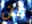
من